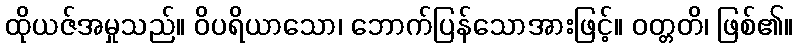
ထိုယဇ်အမှုသည်။ ဝိပရိယာသော၊ ဘောက်ပြန်သောအားဖြင့်။ ဝတ္တတိ၊ ဖြစ်၏။